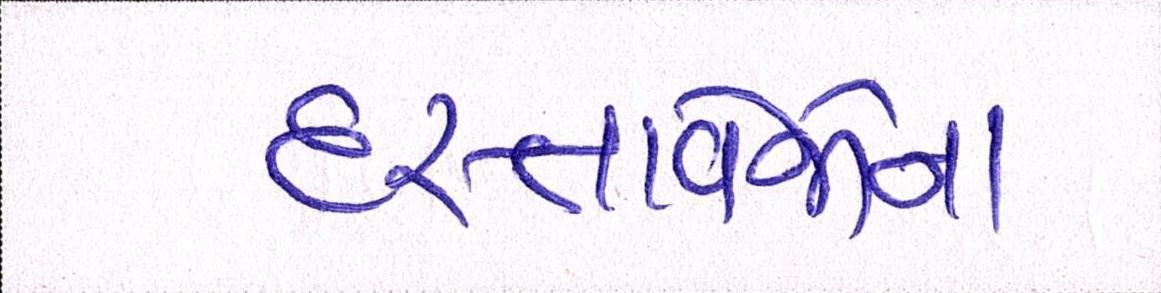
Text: દસ્તાવેજોના